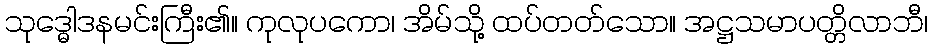
သုဒ္ဓေါဒနမင်းကြီး၏။ ကုလုပကော၊ အိမ်သို့ ထပ်တတ်သော။ အဋ္ဌသမာပတ္တိလာဘီ၊